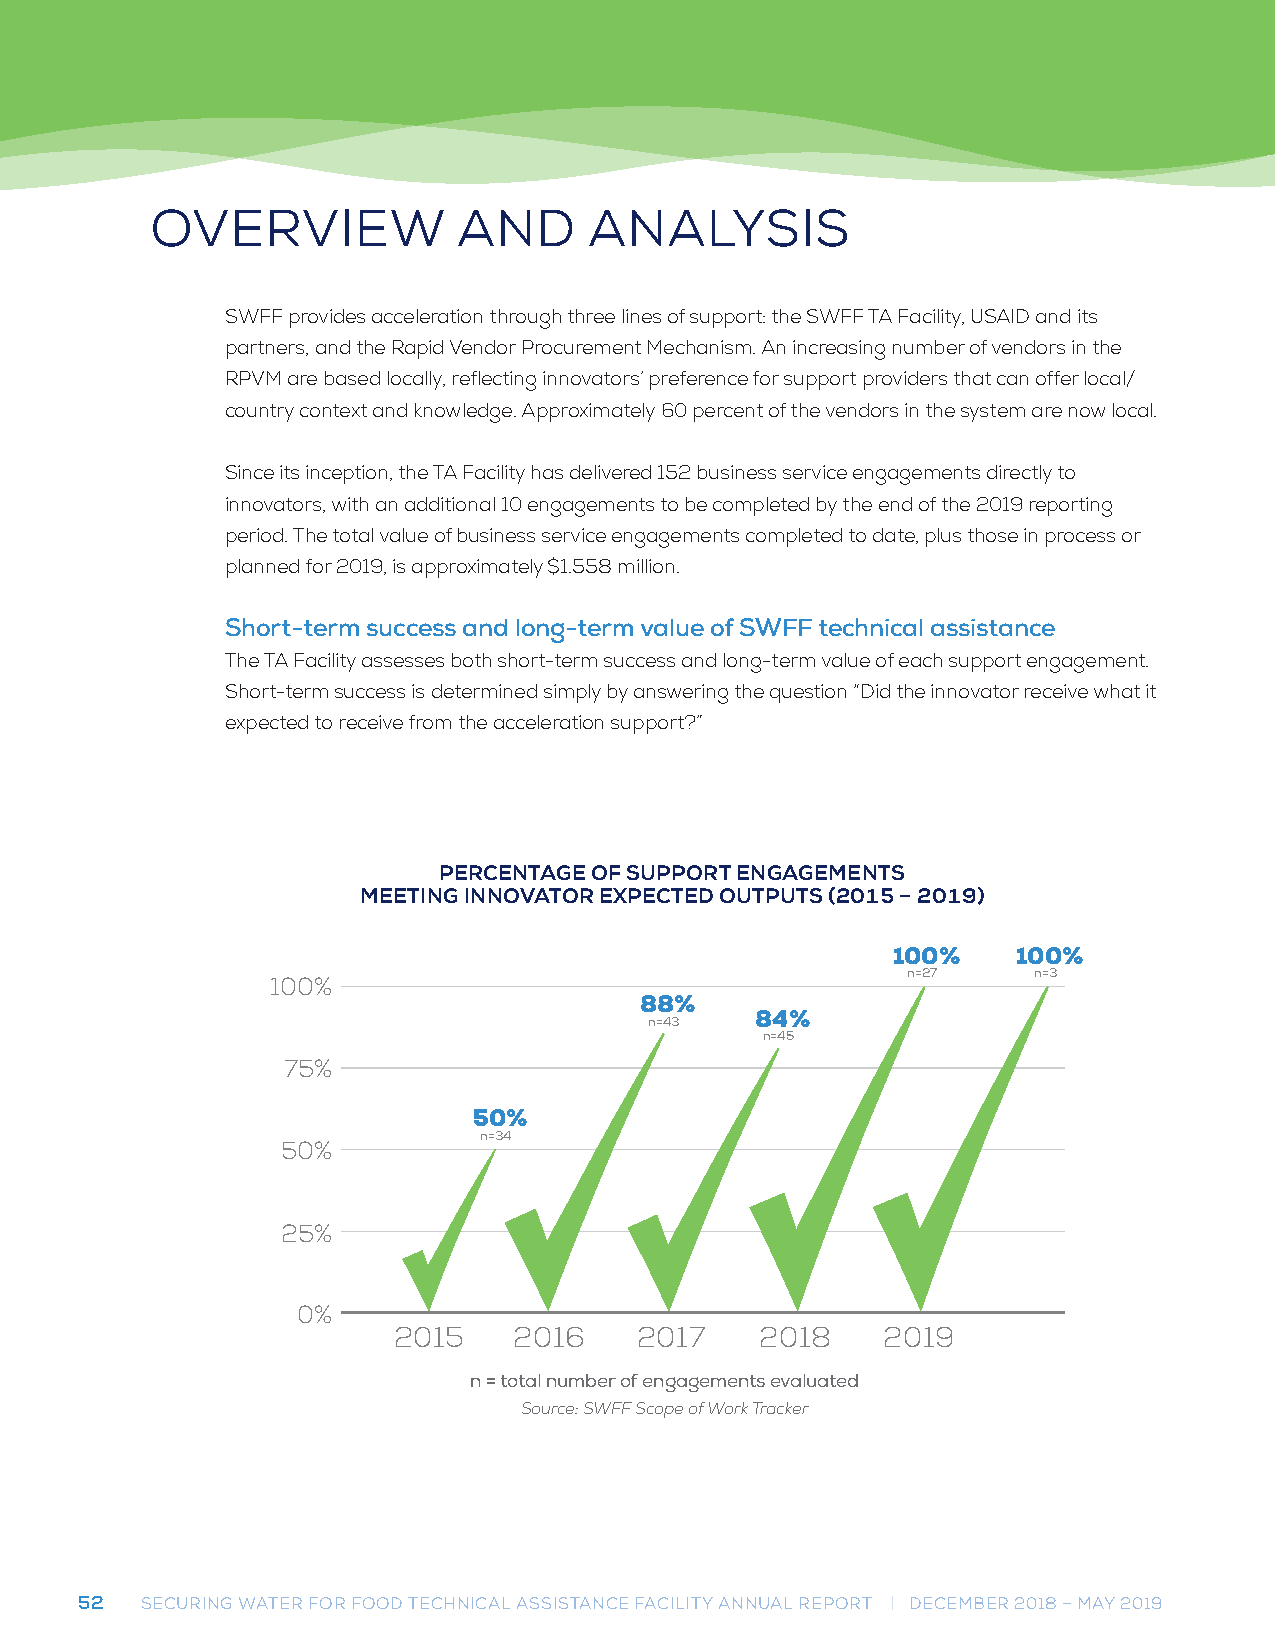
OVERVIEW            AND      ANALYSIS
 SWFF provides acceleration through three lines of support: the SWFF TA Facility, USAID and its
 partners, and the Rapid Vendor Procurement Mechanism. An increasing number of vendors in the
 RPVM are based locally, reflecting innovators’ preference for support providers that can offer local/
 country context and knowledge. Approximately 60 percent of the vendors in the system are now local.
 Since its inception, the TA Facility has delivered 152 business service engagements directly to
 innovators, with an additional 10 engagements to be completed by the end of the 2019 reporting
 period. The total value of business service engagements completed to date, plus those in process or
 planned for 2019, is approximately $1.558 million.
 Short-term success and long-term value of SWFF technical assistance
 The TA Facility assesses both short-term success and long-term value of each support engagement.
 Short-term success is determined simply by answering the question “Did the innovator receive what it
 expected to receive from the acceleration support?”
 PERCENTAGE OF SUPPORT ENGAGEMENTS
 PERCENTAGE OF SUPPORT ENGAGEMENTS
 MEETING INNOVATOR EXPECTED OUTPUTS (2015 – 2019)
 MEETING INNOVATOR EXPECTED OUTPUTS (2015 – 2019)
 100%    100%
 n=27    n=3
 100%
 88%
 84%
 n=43
 n=45
 75%
 50%
 n=34
 50%
 25%
 0%
 2015    2016    2017    2018    2019
 n = total number of engagements evaluated
 n = total number of engagements evaluated
 Source: SWFF Scope of Work Tracker
 Source: SWFF Scope of Work Tracker
 52  SECURING WATER FOR FOOD TECHNICAL ASSISTANCE FACILITY ANNUAL REPORT | DECEMBER 2018 – MAY 2019